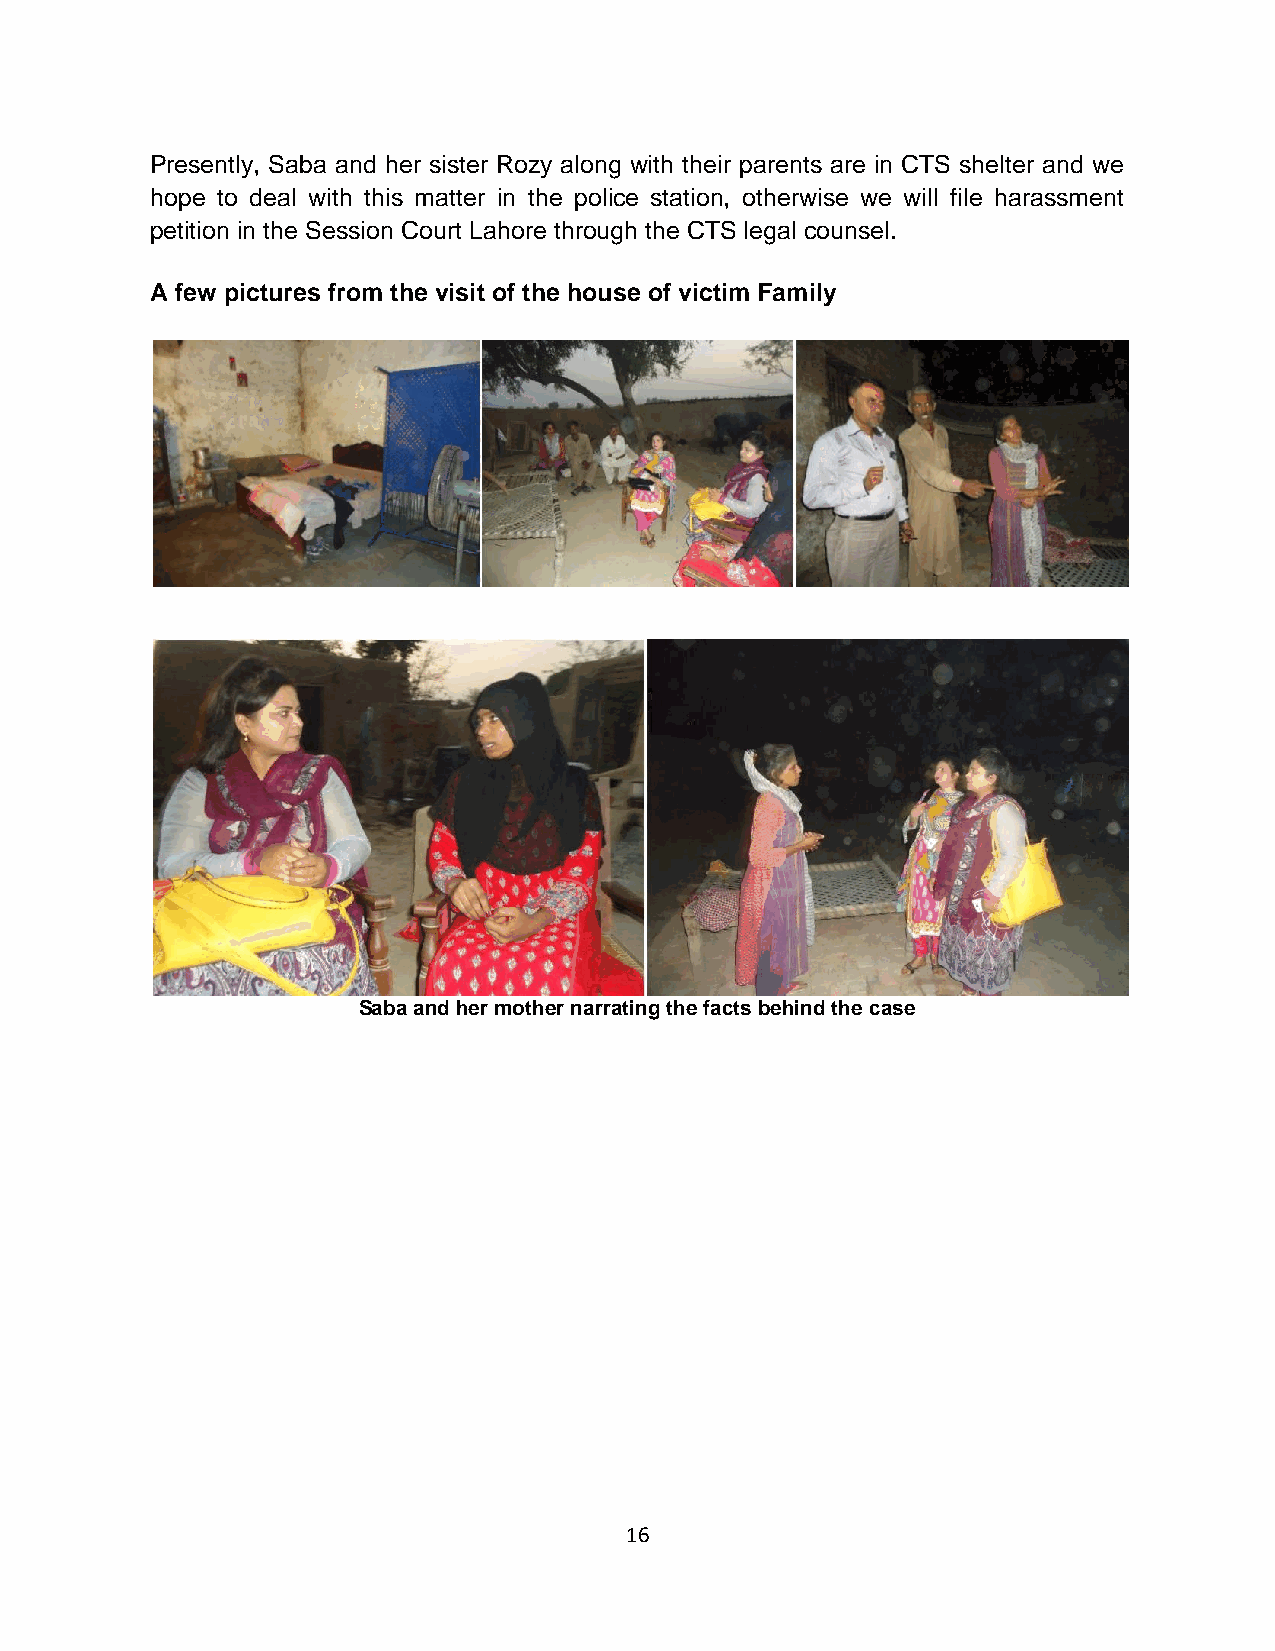
Presently, Saba and her sister Rozy along with their parents are in CTS shelter and we
 hope to deal with this matter in the police station, otherwise we will file harassment
 petition in the Session Court Lahore through the CTS legal counsel.
 A few pictures from the visit of the house of victim Family
 Saba and her mother narrating the facts behind the case
 16